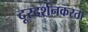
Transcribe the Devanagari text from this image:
दूरदर्शनकरता